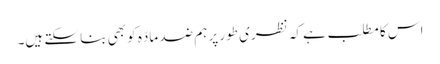
اس کا مطلب ہے کہ نظری طور پر ہم ضد مادّہ کو بھی بنا سکتے ہیں۔